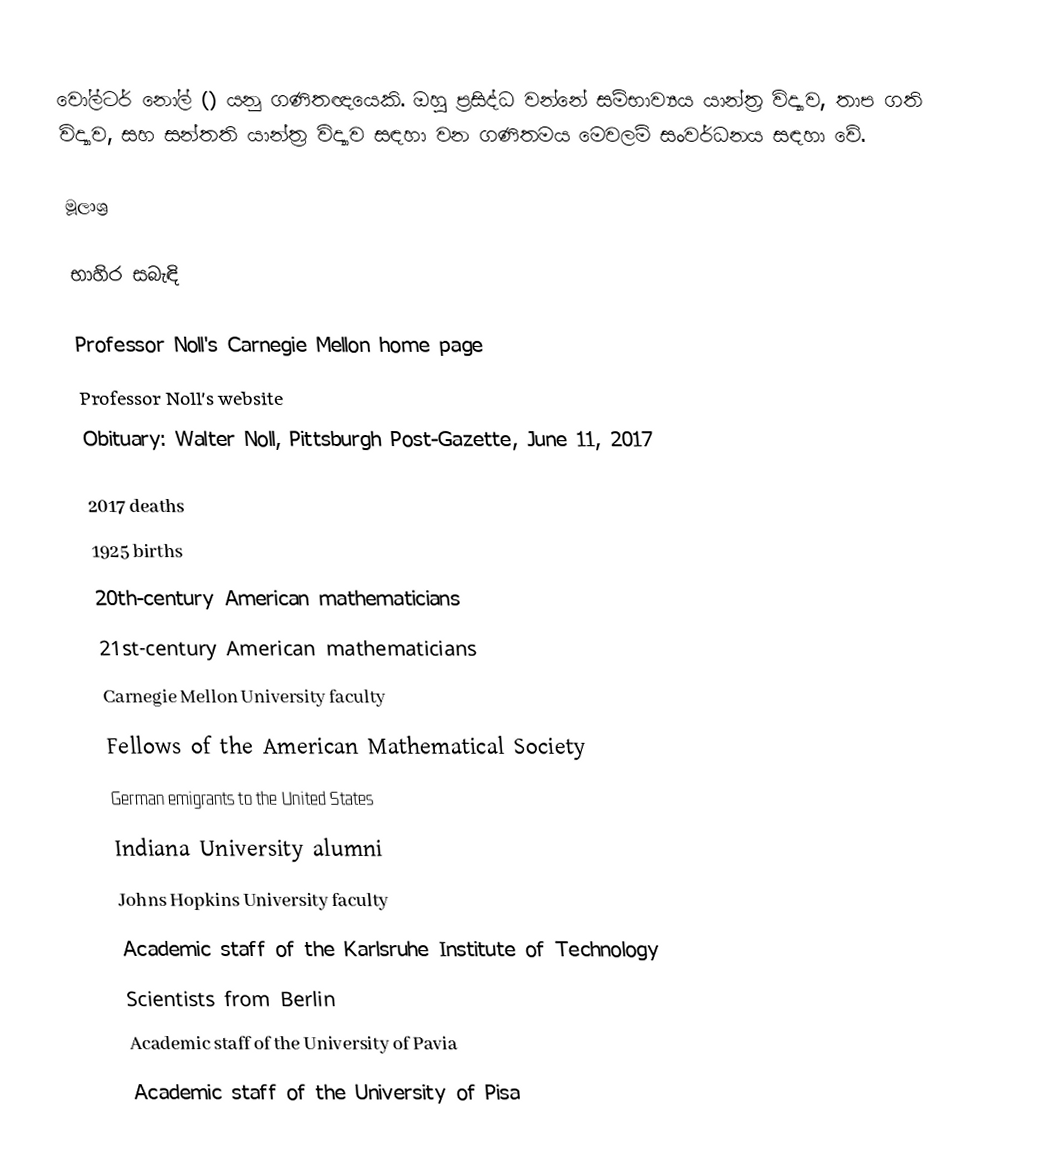
වෝල්ටර් නෝල් () යනු ගණිතඥයෙකි. ඔහු ප්‍රසිද්ධ වන්නේ සම්භාව්‍යය යාන්ත්‍ර විද්‍යාව, තාප ගති විද්‍යාව, සහ සන්තති යාන්ත්‍ර විද්‍යාව සඳහා වන ගණිතමය මෙවලම් සංවර්ධනය සඳහා වේ.

මූලාශ්‍ර

භාහිර සබැඳි

Professor Noll's Carnegie Mellon home page
Professor Noll's website
Obituary: Walter Noll, Pittsburgh Post-Gazette, June 11, 2017

2017 deaths
1925 births
20th-century American mathematicians
21st-century American mathematicians
Carnegie Mellon University faculty
Fellows of the American Mathematical Society
German emigrants to the United States
Indiana University alumni
Johns Hopkins University faculty
Academic staff of the Karlsruhe Institute of Technology
Scientists from Berlin
Academic staff of the University of Pavia
Academic staff of the University of Pisa